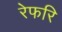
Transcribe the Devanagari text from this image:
रेफरि